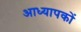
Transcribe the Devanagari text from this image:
आध्यापकों